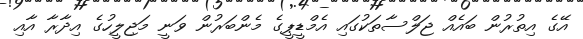
އޭގެ އިތުރުން ބައެއް ޖަލްސާތަކުގައި އެމްޑީޕީގެ މެންބަރުން ވަނީ މަޖިލީހުގެ އިދާރާ އާއި